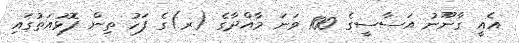
އެއީ ގާނޫނު އަސާސީގެ 100 ވަނަ މާއްދާގެ (ރ)ގެ ފަހު ތިން ފޮޅުއަތުގައި